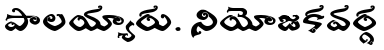
పాలయ్యారు. నియోజకవర్గ